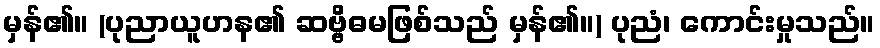
မှန်၏။ (ပုညာယူဟန၏ ဆဗ္ဗိဓမဖြစ်သည် မှန်၏။) ပုညံ၊ ကောင်းမှုသည်။